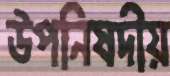
উপনিষদীয়